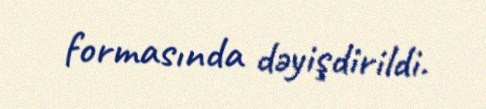
formasında dəyişdirildi.